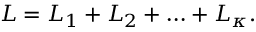
{ \cal L } = { \cal L } _ { 1 } + { \cal L } _ { 2 } + \ldots + { \cal L } _ { \kappa } .